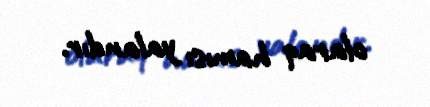
olaraq hamısı yalandır.